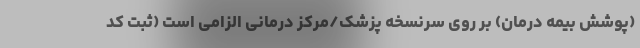
(پوشش بیمه درمان) بر روی سرنسخه پزشک/مرکز درمانی الزامی است (ثبت کد